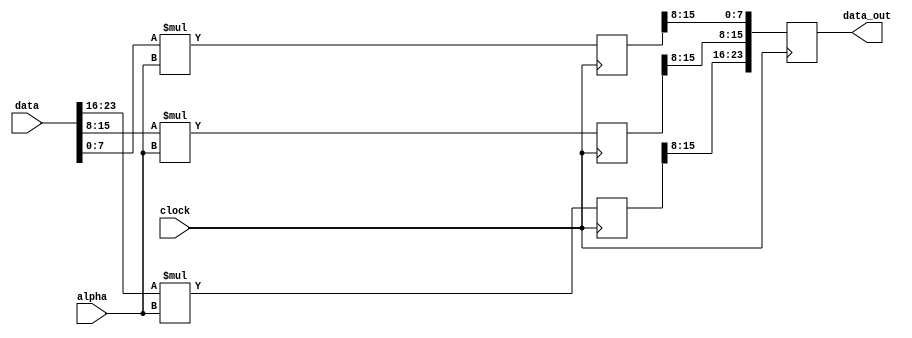
/* verilator lint_off UNUSED */

module alpha_calc(
    input clock,
    input [23:0] data,
    input [8:0] alpha,
    output reg [23:0] data_out
);
    function [7:0] trunc_rddata(
        input[15:0] value
    );
        trunc_rddata = value[15:8];
    endfunction

    reg [15:0] r_a, g_a, b_a;

    always @(posedge clock) begin
        r_a <= { 8'b0, data[23:16] } * alpha;
        g_a <= { 8'b0, data[15:8] } * alpha;
        b_a <= { 8'b0, data[7:0] } * alpha;

        data_out <= { trunc_rddata(r_a), trunc_rddata(g_a), trunc_rddata(b_a) };
    end
endmodule